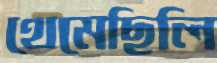
থেমেছিলি